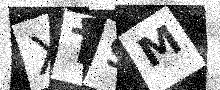
Text: XT9M